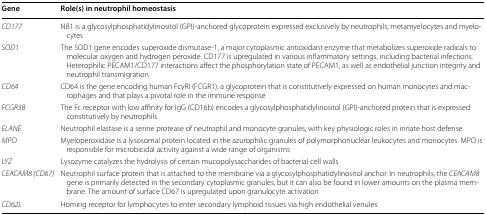
| Gene | Role(s) in neutrophil homeostasis |
 | --- | --- |
 | CD177 | NB1 is a glycosylphosphatidylinositol (GPI)-anchored glycoprotein expressed exclusively by neutrophils, metamyelocytes and myelocytes |
 | SOD1 | The SOD1 gene encodes superoxide dismutase-1, a major cytoplasmic antioxidant enzyme that metabolizes superoxide radicals to molecular oxygen and hydrogen peroxide. CD177 is upregulated in various inflammatory settings, including bacterial infections. Heterophilic PECAM1/CD177 interactions affect the phosphorylation state of PECAM1, as well as endothelial junction integrity and neutrophil transmigration |
 | CD64 | CD64 is the gene encoding human FcγRI (FCGR1), a glycoprotein that is constitutively expressed on human monocytes and macrophages and that plays a pivotal role in the immune response |
 | FCGR3B | The Fc receptor with low affinity for IgG (CD16b) encodes a glycosylphosphatidylinositol (GPI)-anchored protein that is expressed constitutively by neutrophils |
 | ELANE | Neutrophil elastase is a serine protease of neutrophil and monocyte granules, with key physiologic roles in innate host defense |
 | MPO | Myeloperoxidase is a lysosomal protein located in the azurophilic granules of polymorphonuclear leukocytes and monocytes. MPO is responsible for microbicidal activity against a wide range of organisms |
 | LYZ | Lysozyme catalyzes the hydrolysis of certain mucopolysaccharides of bacterial cell walls |
 | CEACAM8 (CD67) | Neutrophil surface protein that is attached to the membrane via a glycosylphosphatidylinositol anchor. In neutrophils, the CEACAM8 gene is primarily detected in the secondary cytoplasmic granules, but it can also be found in lower amounts on the plasma membrane. The amount of surface CD67 is upregulated upon granulocyte activation |
 | CD62L | Homing receptor for lymphocytes to enter secondary lymphoid tissues via high endothelial venules |